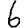
Digit: 6